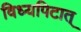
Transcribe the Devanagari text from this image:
विध्यपिटात्